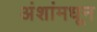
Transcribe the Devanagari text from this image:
अंशांमधून